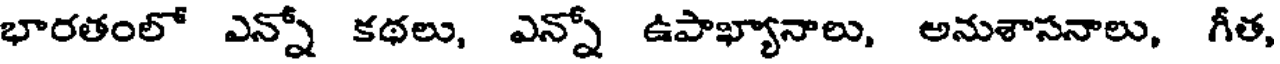
భారతంలో ఎన్నో కథలు, ఎన్నో ఉపాఖ్యానాలు, అనుశాసనాలు, గీత,